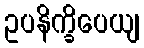
ဥပနိက္ခိပေယျ